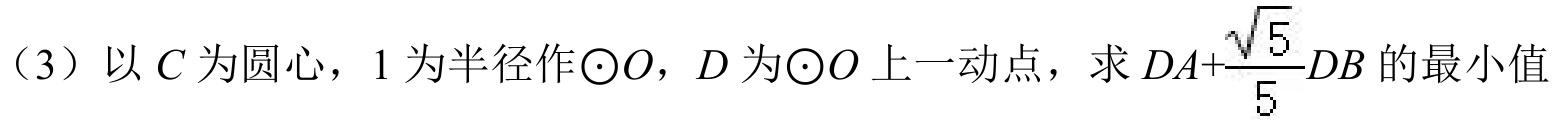
（3）以 \(C\) 为圆心，\(1\) 为半径作\(\odot O\)，\(D\) 为\(\odot O\) 上一动点，求 \(DA+\frac{\sqrt{5}}{5}DB\) 的最小值